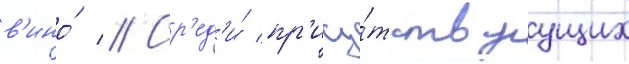
в'ино́ // Ср'ед'и́ пр'ису́тствуущих